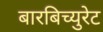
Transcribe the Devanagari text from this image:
बारबिच्युरेट